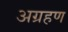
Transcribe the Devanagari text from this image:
अग्रहण